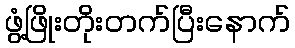
ဖွံ့ဖြိုးတိုးတက်ပြီးနောက်